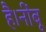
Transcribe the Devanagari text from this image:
है।नींबू